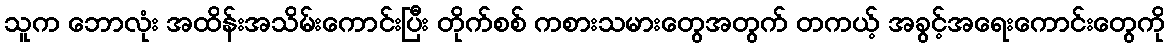
သူက ဘောလုံး အထိန်းအသိမ်းကောင်းပြီး တိုက်စစ် ကစားသမားတွေအတွက် တကယ့် အခွင့်အရေးကောင်းတွေကို